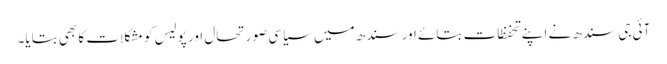
آئی جی سندھ نے اپنے تحفظات بتائے اور سندھ میں سیاسی صورتحال اور پولیس کو مشکلات کا بھی بتایا۔